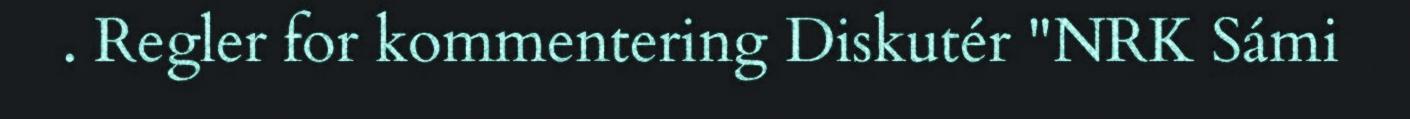
. Regler for kommentering Diskutér "NRK Sámi